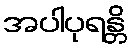
အပါပုရန္တိ